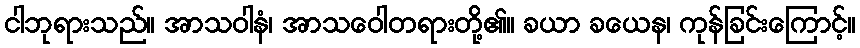
ငါဘုရားသည်။ အာသဝါနံ၊ အာသဝေါတရားတို့၏။ ခယာ ခယေန၊ ကုန်ခြင်းကြောင့်။